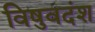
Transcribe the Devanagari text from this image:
विषुवदंश